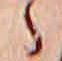
ゝ